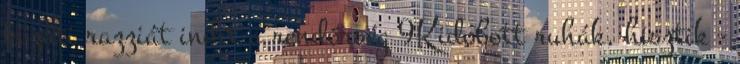
közúti razziát indít a rendőrség 9Kidobott ruhák, hisztik -